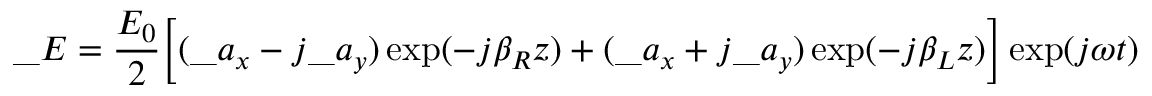
\_ E = { \frac { E _ { 0 } } { 2 } } \Big [ ( \_ a _ { x } - j \_ a _ { y } ) \exp ( - j \beta _ { \/ R } z ) + ( \_ a _ { x } + j \_ a _ { y } ) \exp ( - j \beta _ { \/ L } z ) \Big ] \exp ( j \omega t )